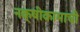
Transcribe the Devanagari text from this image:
नक्षीकामाची